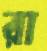
রা